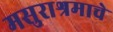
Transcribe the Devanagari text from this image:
मसुराश्रमाचे